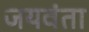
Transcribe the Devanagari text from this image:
जयवंता